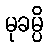
မုခမ္ပိ